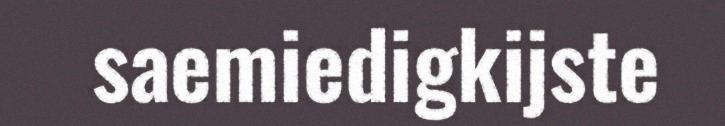
saemiedigkijste